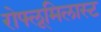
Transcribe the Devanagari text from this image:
रोफ्लूमिलास्ट